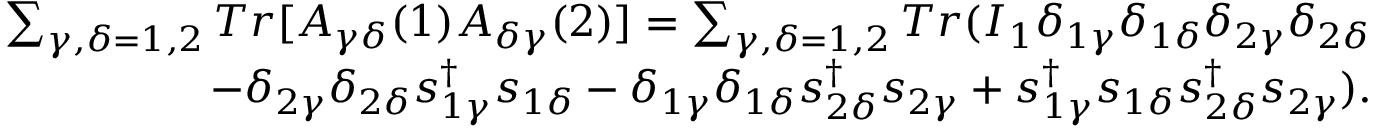
\begin{array} { r } { { \sum _ { \gamma , \delta = 1 , 2 } T r [ A _ { \gamma \delta } ( 1 ) A _ { \delta \gamma } ( 2 ) ] = \sum _ { \gamma , \delta = 1 , 2 } T r ( I _ { 1 } \delta _ { 1 \gamma } \delta _ { 1 \delta } \delta _ { 2 \gamma } \delta _ { 2 \delta } } } \\ { { - \delta _ { 2 \gamma } \delta _ { 2 \delta } s _ { 1 \gamma } ^ { \dagger } s _ { 1 \delta } - \delta _ { 1 \gamma } \delta _ { 1 \delta } s _ { 2 \delta } ^ { \dagger } s _ { 2 \gamma } + s _ { 1 \gamma } ^ { \dagger } s _ { 1 \delta } s _ { 2 \delta } ^ { \dagger } s _ { 2 \gamma } ) } . } \end{array}